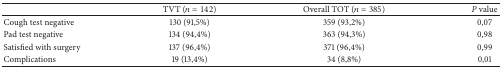
<table><thead><tr><td><b> </b></td><td><b>TVT (<i>n</i> = 142)</b></td><td><b>Overall TOT (<i>n</i> = 385)</b></td><td><b><i>P</i> value</b></td></tr></thead><tbody><tr><td>Cough test negative</td><td>130 (91,5%)</td><td>359 (93,2%)</td><td>0,07</td></tr><tr><td>Pad test negative</td><td>134 (94,4%)</td><td>363 (94,3%)</td><td>0,98</td></tr><tr><td>Satisfied with surgery</td><td>137 (96,4%)</td><td>371 (96,4%)</td><td>0,99</td></tr><tr><td>Complications</td><td>19 (13,4%)</td><td>34 (8,8%)</td><td>0,01</td></tr></tbody></table>